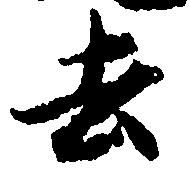
去